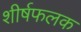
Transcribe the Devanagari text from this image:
शीर्षफलक